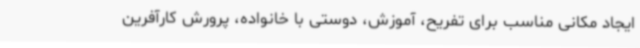
ایجاد مکانی مناسب برای تفریح، آموزش، دوستی با خانواده، پرورش کارآفرین